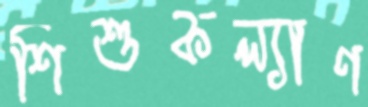
শিশুকল্যাণ